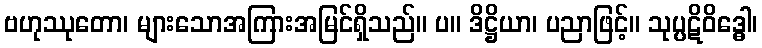
ဗဟုဿုတော၊ များသောအကြားအမြင်ရှိသည်။ ပ။ ဒိဋ္ဌိယာ၊ ပညာဖြင့်။ သုပ္ပဋိဝိဒ္ဓေါ၊